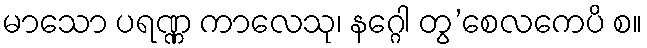
မာသော ပရဏ္ဏ ကာလေသု၊ နဂ္ဂေါ တွ’စေလကေပိ စ။